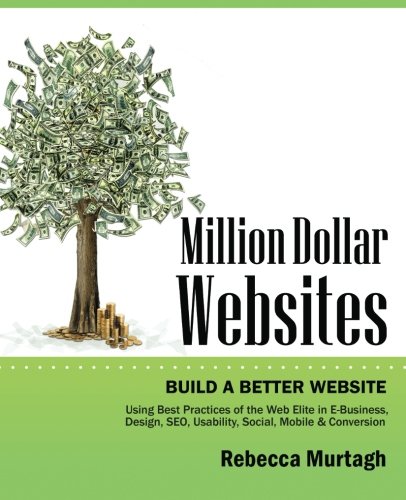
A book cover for Million Dollar Websites: Build a Better Website Using Best Practices of the Web Elite in E-Business, Design, SEO, Usability, Social, Mobile and Conversion; Rebecca Murtagh; Computers & Technology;